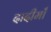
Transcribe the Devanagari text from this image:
दादीमाँ